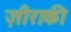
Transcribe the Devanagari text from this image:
ज़ीराकी